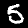
Digit: 5